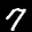
Label: 7